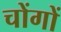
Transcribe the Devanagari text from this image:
चोंगों